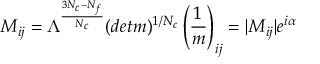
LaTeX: M _ { i j } = \Lambda ^ { { \frac { 3 N _ { c } - N _ { f } } { N _ { c } } } } ( d e t m ) ^ { 1 / N _ { c } } \left( { \frac { 1 } { m } } \right) _ { i j } = | M _ { i j } | e ^ { i \alpha } ~ ~ ~